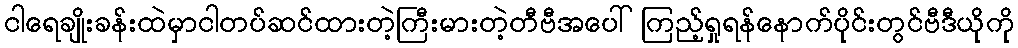
ငါရေချိုးခန်းထဲမှာငါတပ်ဆင်ထားတဲ့ကြီးမားတဲ့တီဗီအပေါ်ကြည့်ရှုရန်နောက်ပိုင်းတွင်ဗီဒီယိုကို